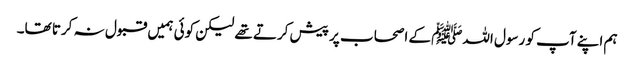
ہم اپنے آپ کو رسول اللہﷺ کے اصحاب پر پیش کرتے تھے لیکن کوئی ہمیں قبول نہ کرتا تھا۔